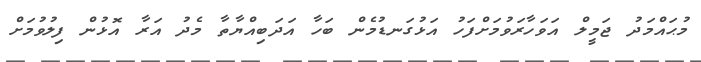
މުޙައްމަދު ޖަމީލް އަވަހާރަވުމަށްފަހު އަޅުގަނޑުމެން ބަހާ އަދަބިއްޔާތާ މެދު އަރާ އޮޅުން ފިލުވުމަށް